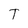
Character: T